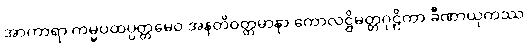
အာကာရာ ကမ္မပထပ္ပတ္တမေဝ အနတိဝတ္တမာနာ ကောလဋ္ဌိမတ္တဂုဠိကာ ခီဏာယုကဿ